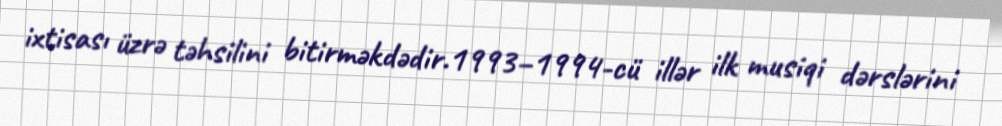
ixtisası üzrə təhsilini bitirməkdədir.1993–1994-cü illər ilk musiqi dərslərini